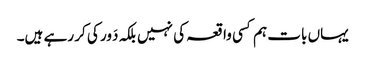
یہاں بات ہم کسی واقعہ کی نہیں بلکہ دَور کی کر رہے ہیں۔